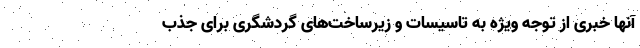
آنها خبری از توجه ویژه به تاسیسات و زیرساخت‌های گردشگری برای جذب